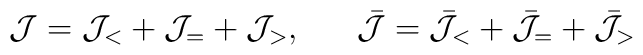
{\cal J}={\cal J}_<+{\cal J}_=+{\cal J}_>,~~~~~\bar{\cal J}=\bar{\cal J}_<  +\bar{\cal J}_=+\bar{\cal J}_>